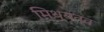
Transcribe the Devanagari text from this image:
मिथ्यत्व